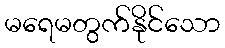
မရေမတွက်နိုင်သော